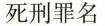
死刑罪名